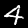
Label: 4